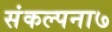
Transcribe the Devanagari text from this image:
संकल्पना७